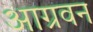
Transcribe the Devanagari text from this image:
आग्रवन